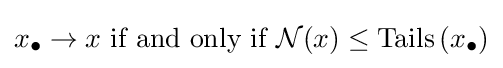
x_{\bullet }\to x{\text{ if and only if }}{\mathcal {N}}(x)\leq \operatorname {Tails} \left(x_{\bullet }\right)